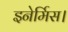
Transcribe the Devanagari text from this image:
इनेर्मिस।